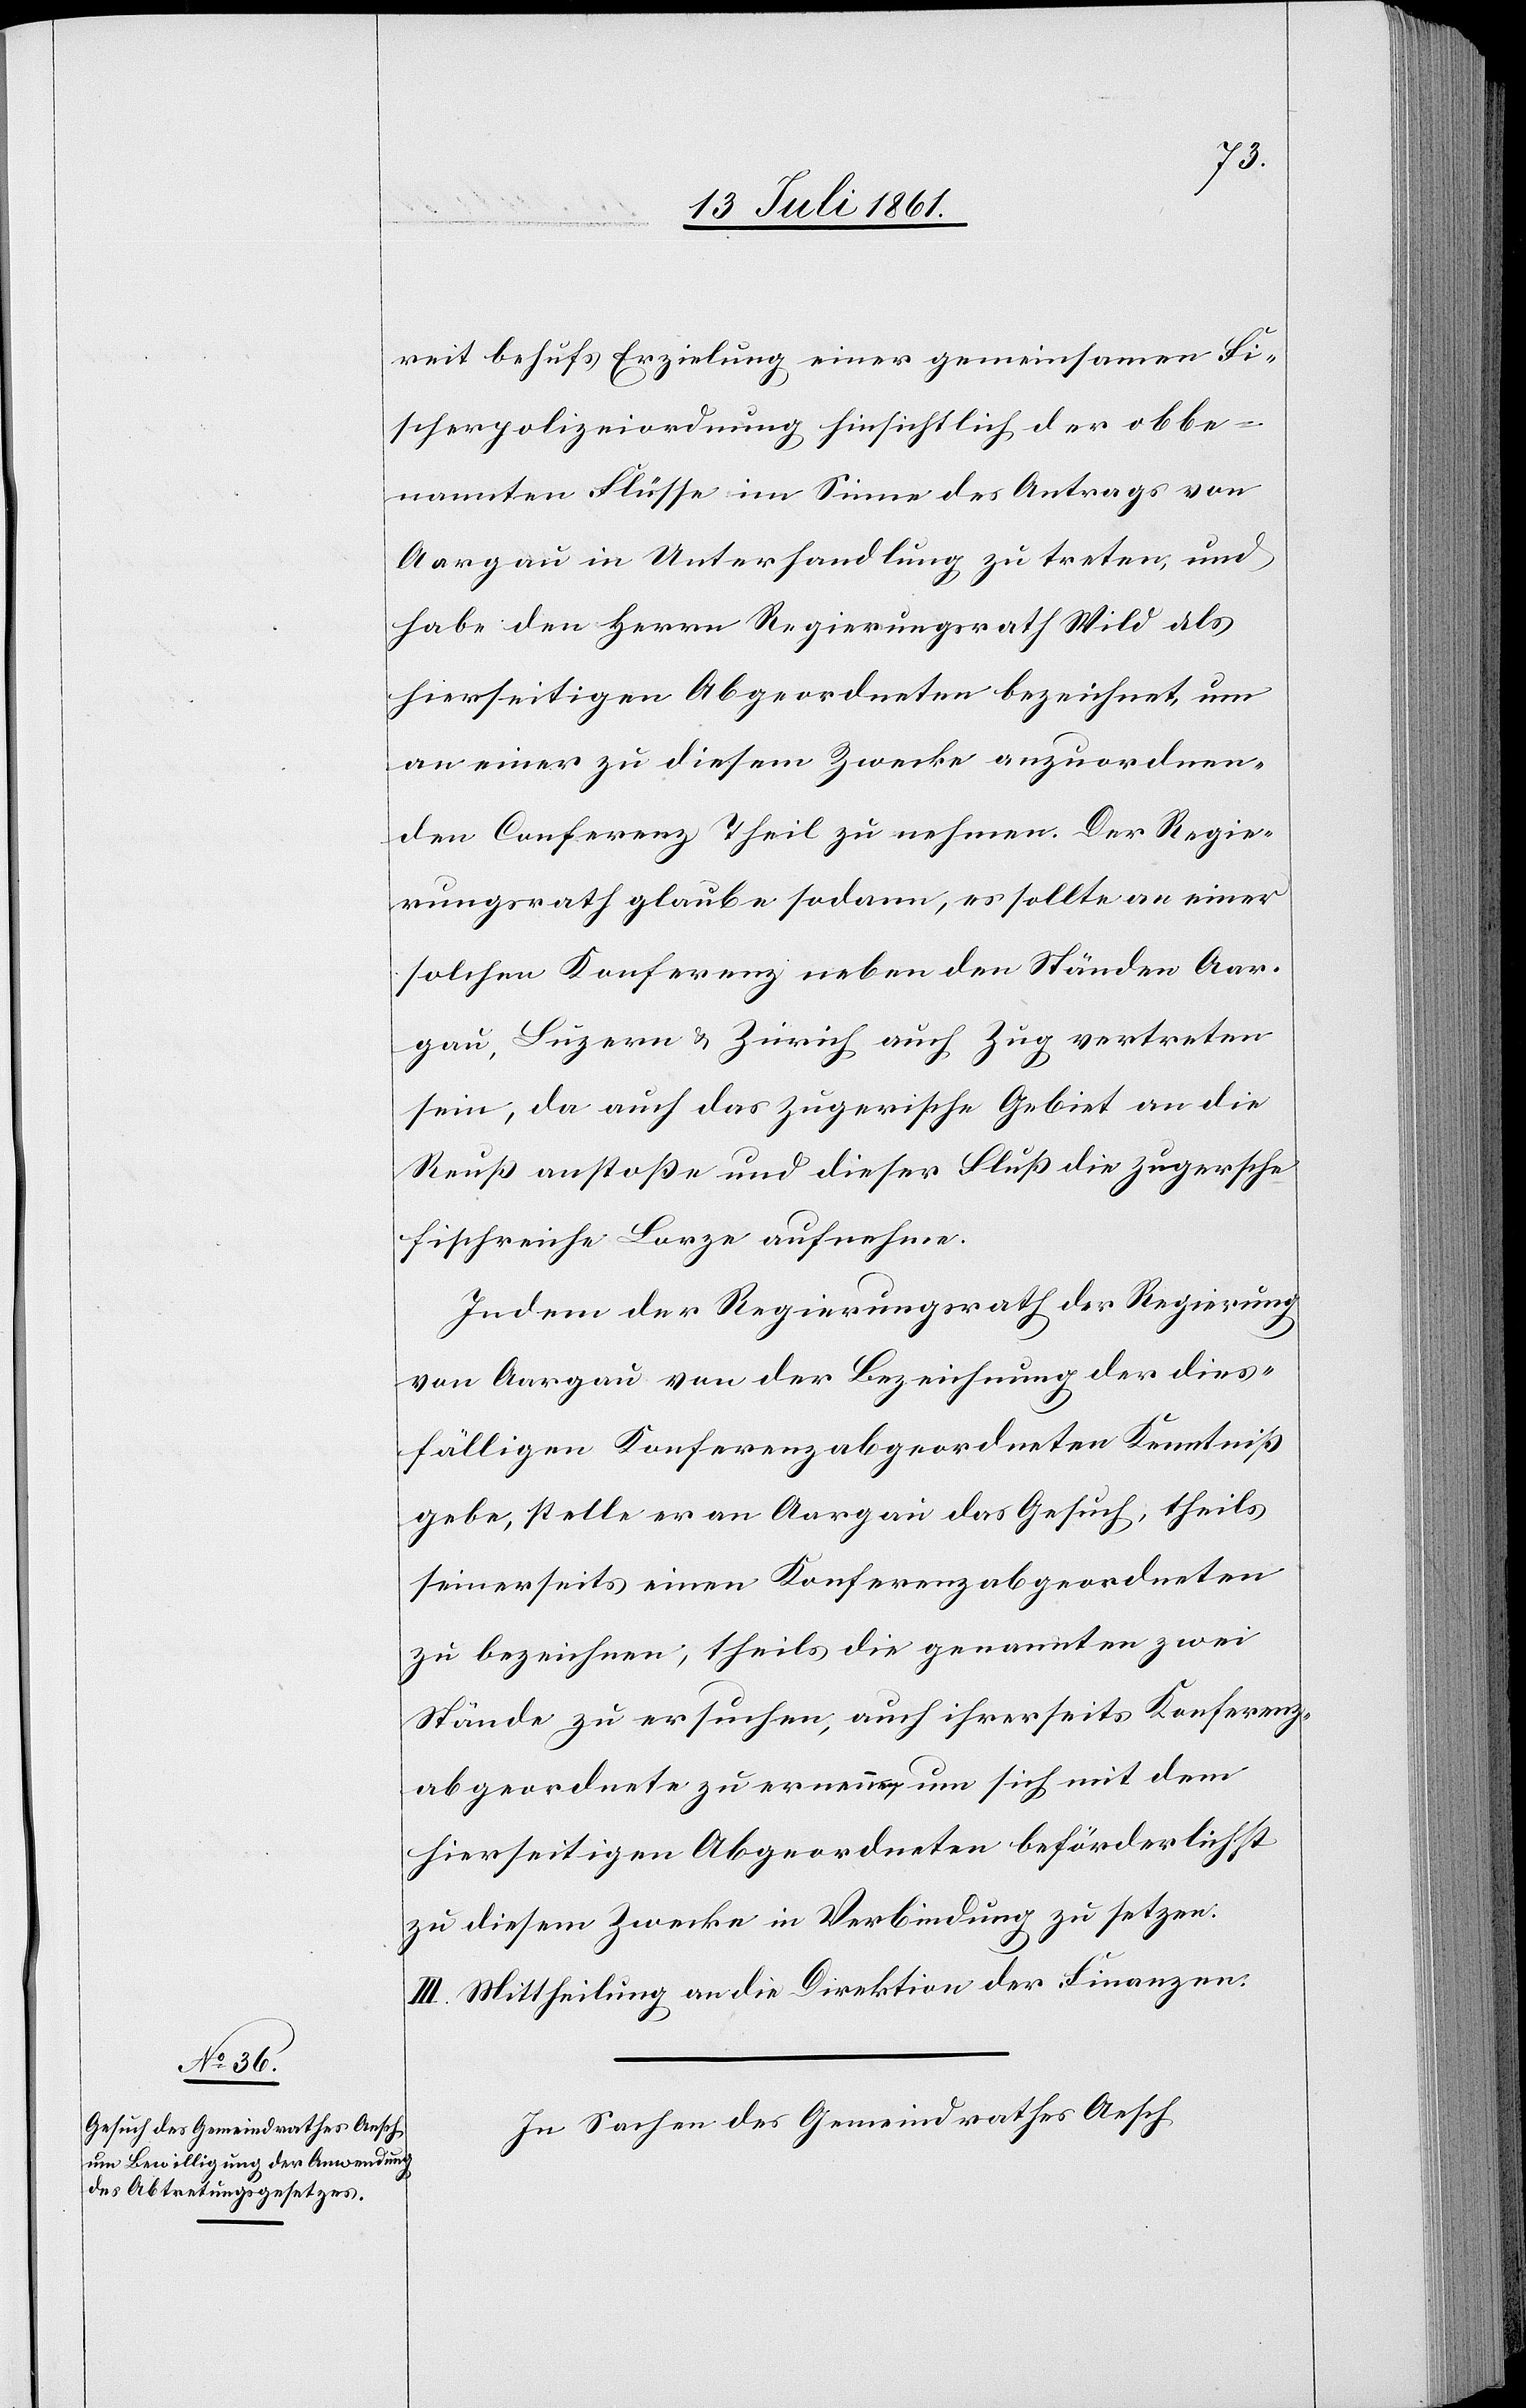
reit behufs Erzielung einer gemeinsamen Fi¬
scherpolizeiordnung hinsichtlich der obbe¬
nannten Flüsse im Sinne des Antrags von
Aargau in Unterhandlung zu treten, und
habe den Herrn Regierungsrath Wild als
hierseitigen Abgeordneten bezeichnet, um
an einer zu diesem Zwecke anzuordnen¬
den Conferenz Theil zu nehmen. Der Regie¬
rungsrath glaube sodann, es sollte an einer
solchen Konferenz neben den Ständen Aar¬
gau, Luzern u. Zürich auch Zug vertreten
sein, da auch das zugerische Gebiet an die
Reuß anstoßen und dieser Fluß die zugersche
fischreiche Lorze aufnehme.
Indem der Regierungsrath der Regierung
von Aargau von der Bezeichnung der dies¬
fälligen Konferenzabgeordneten Kenntniß
gebe, stelle er an Aargau das Gesuch, theils
seinerseits einen Konferenzabgeordneten
zu bezeichnen, theils die genannten zwei
Stände zu ersuchen, auch ihrerseits Konferenz¬
abgeordnete zu ernennen, um sich mit dem
hierseitigen Abgeordneten beförderlichst
zu diesem Zwecke in Verbindung zu setzen.
III. Mittheilung an die Direktion der Finanzen.
In Sachen des Gemeindrathes Aesch